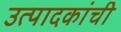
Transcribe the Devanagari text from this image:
उत्पादकांची